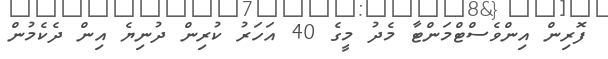
ފޮރިން އިންވެސްޓްމަންޓާ މެދު މީގެ 40 އަހަރު ކުރިން ދުނިޔެ އިން ދެކެމުން